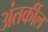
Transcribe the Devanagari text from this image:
अंतर्कील